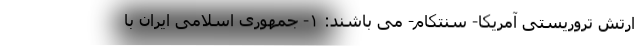
ارتش تروریستی آمریکا- سنتکام- می باشند: ۱- جمهوری اسلامی ایران با